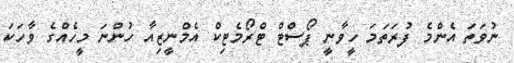
ނުވަތަ އެންމެ ފުރަތަމަ ހީވާނީ ޕޯސްޓް ޓްރޯމެޓިކް އެމްނީޒިއާ ހުންނަ މީހެއްގެ ވާހަކަ